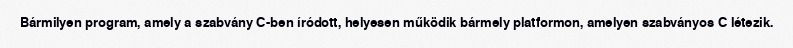
Bármilyen program, amely a szabvány C-ben íródott, helyesen működik bármely platformon, amelyen szabványos C létezik.